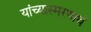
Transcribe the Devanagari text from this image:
यांच्यास्मरणार्थ